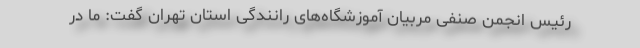
رئیس انجمن صنفی مربیان آموزشگاه‌های رانندگی استان تهران گفت: ما در